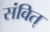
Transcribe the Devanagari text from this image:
संवित्